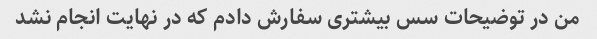
من در توضیحات سس بیشتری سفارش دادم که در نهایت انجام نشد